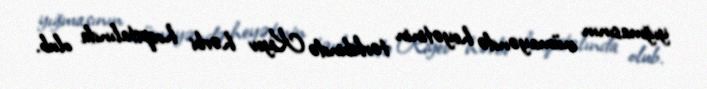
yığmasının nümayəndə heyətinin tərkibində Kiyev hərbi hospitalında olub.